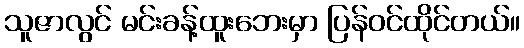
သူဇာလွင် မင်းခန့်ထူးဘေးမှာ ပြန်ဝင်ထိုင်တယ်။